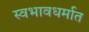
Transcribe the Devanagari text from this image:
स्वभावधर्मात